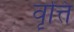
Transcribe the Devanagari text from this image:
वॄत्ति